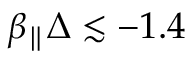
\beta _ { \parallel } \Delta \lesssim - 1 . 4